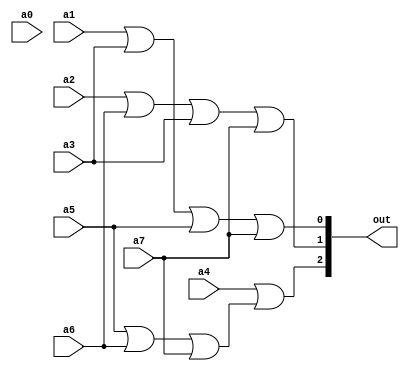
module encoder_8x3 (out,a0,a1,a2,a3,a4,a5,a6,a7);
  input a0,a1,a2,a3,a4,a5,a6,a7;
  output [2:0] out;
  assign out[0]=a1|a3|a5|a7,
         out[1]=a2|a6|a3|a7,
         out[2]=a4||a5|a6|a7;

endmodule